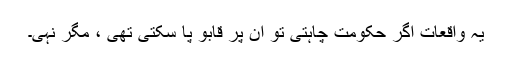
یہ واقعات اگر حکومت چاہتی تو ان پر قابو پا سکتی تھی ، مگر نہی۔